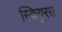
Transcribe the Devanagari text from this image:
स्कियुरस